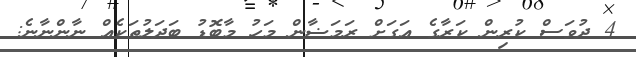
4 ދުވަަސް ކުރިން ކަރާގެ އަގަށް ރަމަޟާން މަހު މާބޮޑު ބަދަލުތަކެއް ނާންނާނެ: